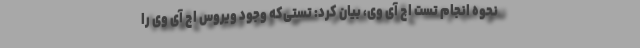
نحوه انجام تست اچ آی وی، بیان کرد: تستی‌که وجود ویروس اچ آی وی را